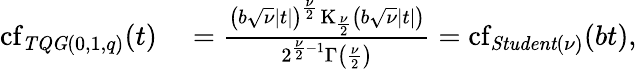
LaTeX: \begin{array}{rl}{\operatorname{cf}_{\mathit{TQG}(0,1,q)}(t)}&{{}=\frac{\left(b\sqrt{\nu}|t|\right)^{\frac{\nu}{2}}\operatorname{K}_{\frac{\nu}{2}}\left(b\sqrt{\nu}|t|\right)}{2^{\frac{\nu}{2}-1}\Gamma\left(\frac{\nu}{2}\right)}=\operatorname{cf}_{\mathit{Student}(\nu)}(bt),}\end{array}